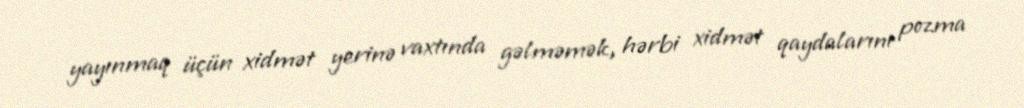
yayınmaq üçün xidmət yerinə vaxtında gəlməmək, hərbi xidmət qaydalarını pozma